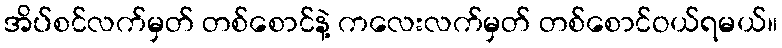
အိပ်စင်လက်မှတ် တစ်စောင်နဲ့ ကလေးလက်မှတ် တစ်စောင်ဝယ်ရမယ်။